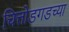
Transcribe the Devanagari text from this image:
चित्तोडगडच्या